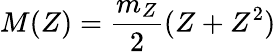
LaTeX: M(Z)=\frac{m_{Z}}{2}(Z+Z^{2})